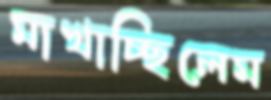
মাখাচ্ছিলেম